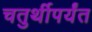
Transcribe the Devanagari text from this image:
चतुर्थीपर्यंत